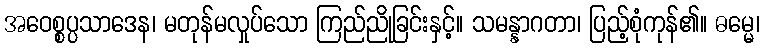
အဝေစ္စပ္ပသာဒေန၊ မတုန်မလှုပ်သော ကြည်ညိုခြင်းနှင့်။ သမန္နာဂတာ၊ ပြည့်စုံကုန်၏။ ဓမ္မေ၊